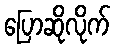
ပြောဆိုလိုက်